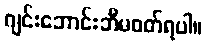
ဂျင်းဘောင်းဘီမဝတ်ရပါ။